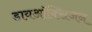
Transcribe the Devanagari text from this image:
डायऑक्सिजन